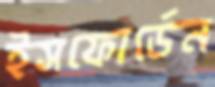
ইসফোর্ডেন